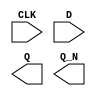
module sky130_fd_sc_hs__dfxbp (
    CLK,
    D  ,
    Q  ,
    Q_N
);

    input  CLK;
    input  D  ;
    output Q  ;
    output Q_N;

    // Voltage supply signals
    supply1 VPWR;
    supply0 VGND;

endmodule